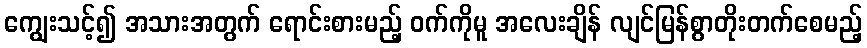
ကျွေးသင့်၍ အသားအတွက် ရောင်းစားမည့် ဝက်ကိုမူ အလေးချိန် လျင်မြန်စွာတိုးတက်စေမည့်